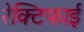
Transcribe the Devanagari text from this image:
रेक्टिफाई